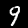
Label: 9